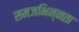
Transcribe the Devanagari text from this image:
समजभिन्नता